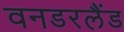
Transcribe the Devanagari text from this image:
वनडरलैंड